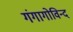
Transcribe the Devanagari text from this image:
गंगागोविन्द